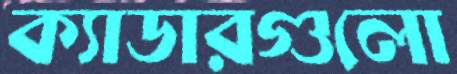
ক্যাডারগুলো